King Institute of Preventive Medicine Micro-Biological Section reports 1909-11
Year: 1909
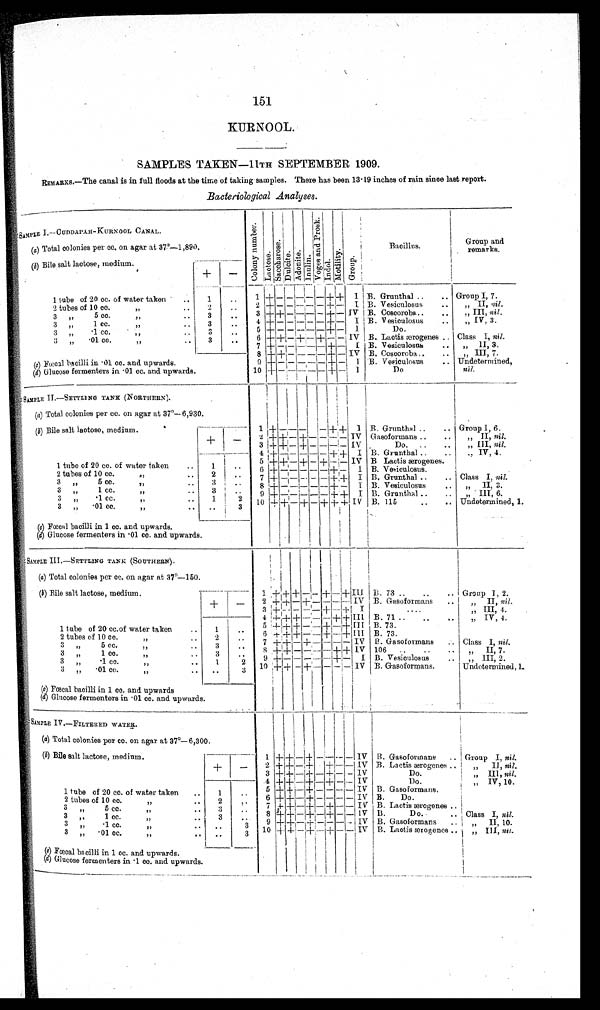
151
KURNOOL.
SAMPLES TAKEN—11TH SEPTEMBER 1909.
REMARKS.—The canal is in full floods at the time of taking samples. There has been 13.19 inches of rain since last report.
Bacteriological Analyses .
S A M P L E I . — C U D D A P A H — K U R N O O L C A N A L .
C o l o n y n u m b e r .
La c t o s e .
S a c c h a r o s e .
Dul ci t e. A d o n i t e .
I nul i n.
V o g e s a n d P r o s k .
Indol.
M o b i l i t y .
G r o u p .
Bacillus.
Group an
d remarks.
(a ) Total colonies per cc. on agar at 37º—1,890.
( b) Bile salt lactose, medium.
+
-
1 tube of 20 cc. of water taken ..
1
..
1 + -
- - -
- + + I B. Grunthal ..
.. Group I, 7.
2 tubes of 10 cc.
. .
2
..
2 + -
-
-
-
- +
-
I B. Vesiculosus
.. „ II, nil.
3 , , 5 c c . , ,
3
. . 3 + +
-
-
-
- +
-
IV B.Coscoroba...
.. „ III, nil .
3 ,, 1 cc. ,, ..
3
. .
4 + - - -
- -
+
-
I. B.Vesiculosus
, , I V , 3 .
3,, .1 cc. ,, ..
3
. . 5 + -
-
-
-
-
+
-
I
Do.
3 ,, •01 cc. ,, ..
3
..
6 + +
-
+
-
+
- -
IV B. Lactis ærogenes .. Class I, nil.
7 +
- -
-
- -
+ - I B. Vesiculosus
... „ II, 3.
8 + +
-
-
-
- + - IV B. Coscoroba..
.. , III, 7.
( c) Fœcal bacilli in •01 cc. and upwards.
9 +
- -
-
- -
+
-
I B. Vesiculosus
.. Undetermined,
(d ) Glucose fermenters in .01 cc. and upwards.
1 0 +
- -
-
-
- +
-
I
Do
nil.
SAMPLE II.—SETTLING TANK (NORTHERN).
,
(a ) Total colonies per cc. on agar at 37°—6,930.
(b ) Bile salt lactose, medium.
1 +
-
- -
-
+
+ I B. Grunthal .. ..
Group I, 6.
+
-
2 + + - +
- -
-
-
IV Gasoformans ..
.. „ II, nil.
3 + +
-
+
- -
-
-
IV
Do. ..
..
„ III, nil.
4 +
-
- -
- -
+ + I B. Grunthal ..
.. ,, IV, 4.
1 tube of 20 cc. of water taken
..
1 ...
5 + +
-
+ - +
- -
IV B Lactis ærogenes.
2 t u b e s o f 1 0 c c , , 2
. . .
6 +
-
-
- - -
+
-
I B. Vesiculosus
3 , , 5 c c . , , 3
. . .
7 +
-
-
- - -
+ + I B. Grunthal ..
.. Class I, nil.
3 „
1 c c . 3
. .
8 + - -
-
- + - I B. Vesiculosus
.. „ II, 3.
3 „
· 1 c c . . .
1
2
9 +
- - - - -
+ + I B. Grunthal .. ..
, ,
I I I , 6 .
3 „ •01 cc.,, ..
.
.
3 10 + +
-
+
-
+ + + IV B.115
..
.. Undetermined, 1.
(c) Fœcal baci l l i i n 1 cc. and upwards.
(d) Glucose fermenters in .01 cc. and upwards.
SAMPLE III.—SETTLING TANK (SOUTHERN).
(a) Total colonies per cc. on agar at 37º—150.
(b) Bile salt lactose, medium.
1 +
+ + -
-
+
-
+
I I I B. 73 ..
..
.. Group I 2.
+
-
2 + + - +
- - -
- IV B. Gasoformans .. „ II, nil.
3 ++ - -
-
- +
-
+ I
....
„ III, 4
4 + + +
- -
– + +
I I I B. 71 ..
..
.. „ IV, 4.
1 tupe of 20 cc water taken
1
. . . 5 + + + -
-
+ - +
I I I B. 73.
2 tubes of 10 cc.
2
. . . 6 + +
+
-
_ +
-
+ I I I
B. 73.
3 , , 5 c c , , . . .
3
. . . 7 + +
-
+
- -
-
-
IV B. Gasoformans
Class I, nil.
3,, 1 cc ,, ...
3
. . 8 + +
-
- -
-
+ + IV 106 ..
, , I I , 7 .
3 ,,·1cc. ,, ...
1
2 9 +
-
-
-
-
-
+
-
I B. Vesiculosus
.. , " I I I , n i l .
3 ,, .01 cc. ..
. .
3 10 +
+
-
+
-
-
- -
IV B. Gasoformans.
Undetermined, 1
( c) Fœcal baci l l i i n 1 cc. and upwar ds
(d) Glucose fermenters in •01 cc. and upwards.
SIMPLE IV.—FILTERED WATER.
(a ) Total colonies per cc. on agar at 37°—6,300.
(b ) Bile salt lactose, medium.
1 +
+
-
+
- -
-
-
IV B. Gasoformans .. Group I, nil.
+
-
2 + +
-
+ +
-
- IV B. Lactis ærogenes
„ II, nil.
3 + + - + - + - - IV
Do.
„ III, nil.
.4 + +
-
+
-
+
- -
I V
Do.
„ IV, 10.
1 tube of 20 cc. of water taken
1 ..
5 + + - + - - - - IV B. Gasoformans.
2 tubes
o f 1 0 c c . , , . .
2
..
6 ++
-
+
-
- - - IV B. Do.
3 , , 5 c c . , , . .
3 ..
7 ++
-
+
-
+
-
- IV B. Lactis ærogenes ..
3 , ,
1 cc.
, , . .
3
..
8 + + -
+ - +
-
- Iv B.
D o.
.. Class I, nil.
3 ,, 1cc .
. .
. . 3
9 + +
-
++
- - - -
IV B. Gasoformans .. „ II, 10.
3 „ . 0 1 c c , , . . .
. . 3
10 + +
-
+
-
+
- - IV B. Lactis ærogenes . „ III, n i l
( c) Fœcal bacilli in 1 cc. and upwards.
(d ) Glucose fermenters in •1 cc. and upwards.